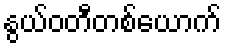
နွယ်ဝတီတစ်ယောက်